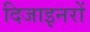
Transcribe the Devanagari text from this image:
दिजाइनरों